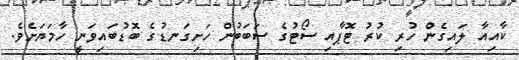
ކާއިއާ ލައިގެން ހުރި ކުރު ޓޮޕާއި ސޯޓުގެ ސަބަބުން ހަށިގަނޑުގެ ބޮޑުބައިވަނީ ހާމަޔަށެވެ.